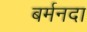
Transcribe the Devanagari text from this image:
बर्मनदा